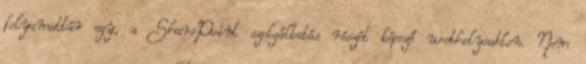
folyamattár egy, a SharePoint szolgáltatás részét képező webhelysablon. Nem